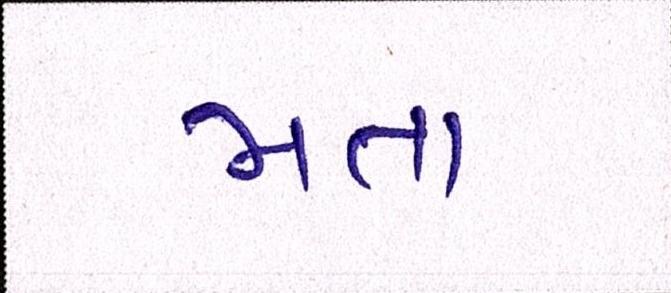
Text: મતા